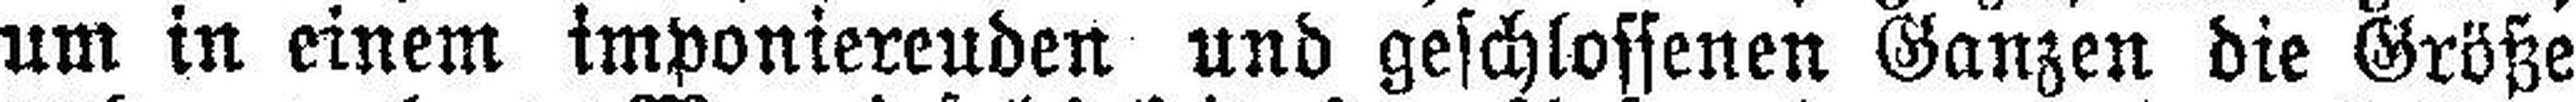
um in einem imponierenden und geschlossenen Ganzen die Größe